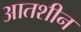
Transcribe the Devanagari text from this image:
आतशीन